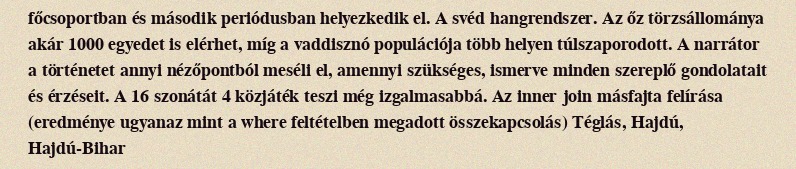
főcsoportban és második periódusban helyezkedik el. A svéd hangrendszer. Az őz törzsállománya akár 1000 egyedet is elérhet, míg a vaddisznó populációja több helyen túlszaporodott. A narrátor a történetet annyi nézőpontból meséli el, amennyi szükséges, ismerve minden szereplő gondolatait és érzéseit. A 16 szonátát 4 közjáték teszi még izgalmasabbá. Az inner join másfajta felírása (eredménye ugyanaz mint a where feltételben megadott összekapcsolás) Téglás, Hajdú, Hajdú-Bihar